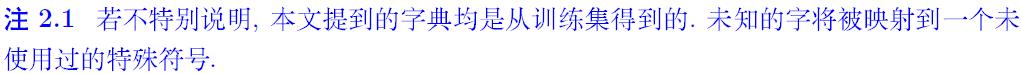
注 2.1 若不特别说明, 本文提到的字典均是从训练集得到的. 未知的字将被映射到一个未使用过的特殊符号.